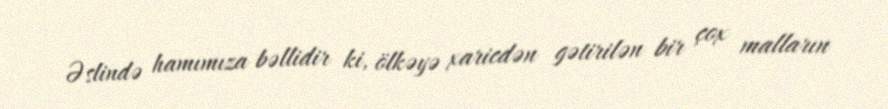
Əslində hamımıza bəllidir ki, ölkəyə xaricdən gətirilən bir çox malların